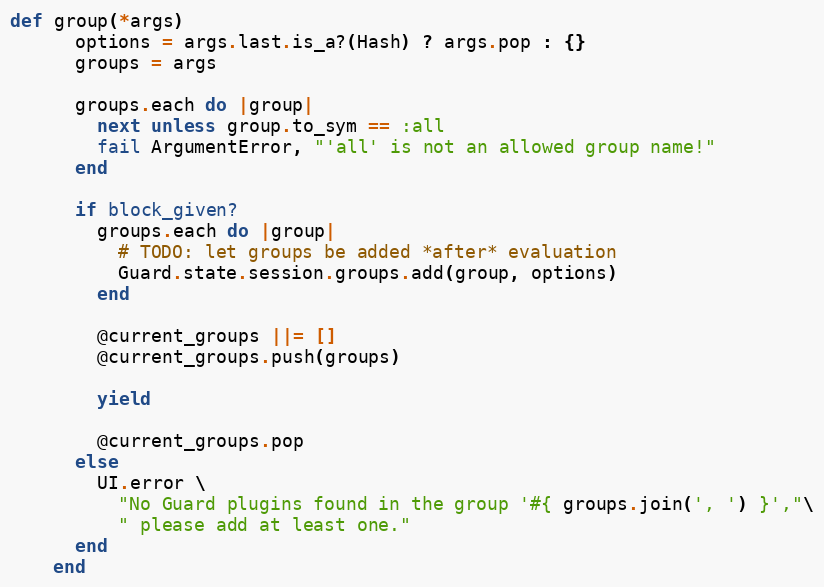
Language: Ruby
def group(*args)
      options = args.last.is_a?(Hash) ? args.pop : {}
      groups = args

      groups.each do |group|
        next unless group.to_sym == :all
        fail ArgumentError, "'all' is not an allowed group name!"
      end

      if block_given?
        groups.each do |group|
          # TODO: let groups be added *after* evaluation
          Guard.state.session.groups.add(group, options)
        end

        @current_groups ||= []
        @current_groups.push(groups)

        yield

        @current_groups.pop
      else
        UI.error \
          "No Guard plugins found in the group '#{ groups.join(', ') }',"\
          " please add at least one."
      end
    end